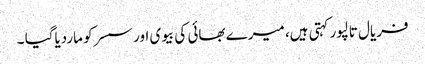
فریال تالپور کہتی ہیں، میرے بھائی کی بیوی اور سسرکو ماردیاگیا ۔